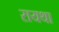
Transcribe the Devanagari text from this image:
रायथा